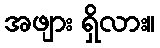
အဖျား ရှိလား။